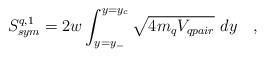
\begin{align*}S^{q,1}_{sym}=2w\int^{y=y_c}_{y=y_-}\sqrt{4 m_qV_{qpair}}~dy\quad,\end{align*}